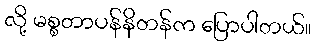
လို့ မစ္စတာပန်နိတန်က ပြောပါတယ်။